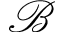
\mathcal { B }